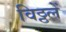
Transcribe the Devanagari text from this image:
विठ्ठलें